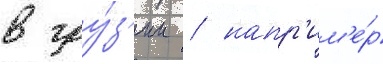
в гру́з'ии / напр'им'е́р